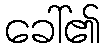
ခေါ်၏